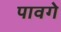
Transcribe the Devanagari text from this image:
पावगे